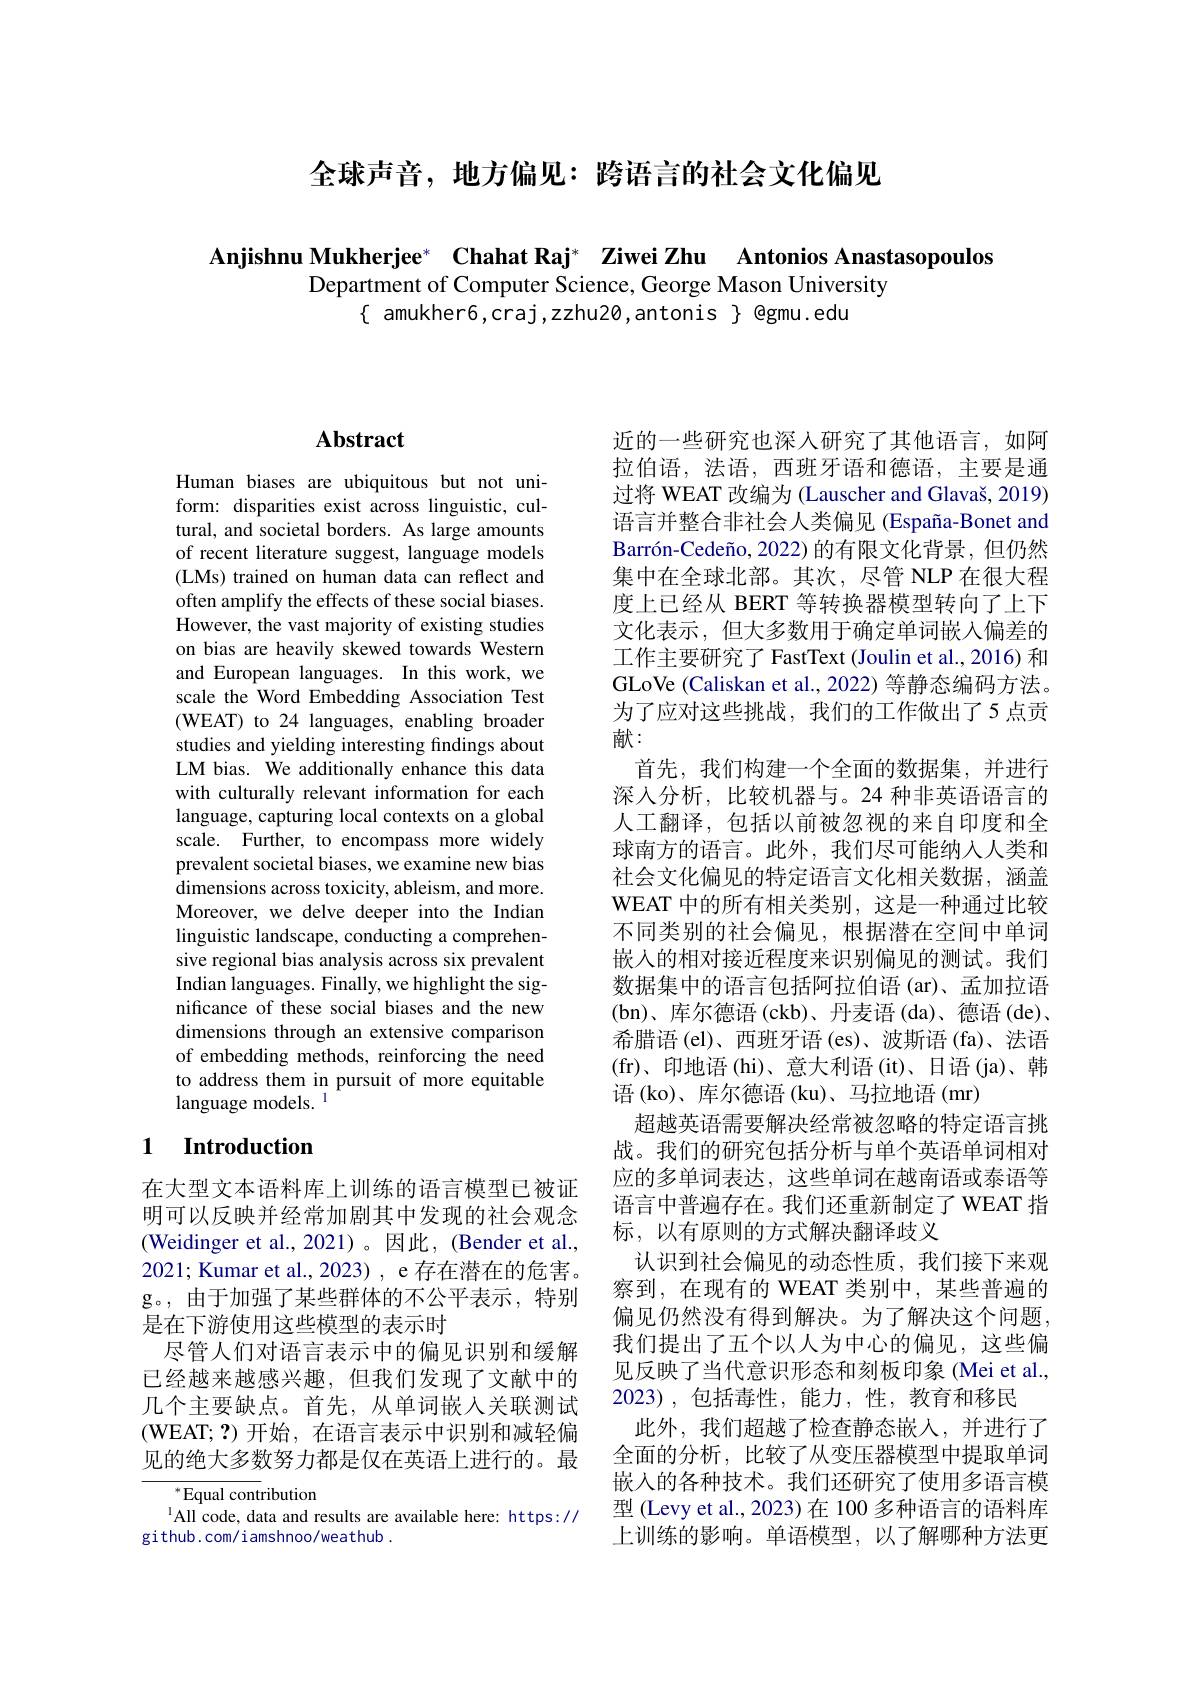
全球声音，地方偏见：跨语言的社会文化偏见

Anjishnu Mukherjee* Chahat Raj* Ziwei Zhu Antonios Anastasopoulos
Department of Computer Science, George Mason University
$\{$ amukher6,craj,zzhu20,antonis $\}$ @gmu.edu

# Abstract

Human biases are ubiquitous but not uniform: disparities exist across linguistic, cultural, and societal borders. As large amounts of recent literature suggest, language models (LMs) trained on human data can reflect and often amplify the effects of these social biases. However, the vast majority of existing studies on bias are heavily skewed towards Western and European languages. In this work, we scale the Word Embedding Association Test (WEAT) to 24 languages, enabling broader studies and yielding interesting findings about LM bias. We additionally enhance this data with culturally relevant information for each language, capturing local contexts on a global scale. Further, to encompass more widely prevalent societal biases, we examine new bias dimensions across toxicity, ableism, and more. Moreover, we delve deeper into the Indian linguistic landscape, conducting a comprehensive regional bias analysis across six prevalent Indian languages. Finally, we highlight the significance of these social biases and the new dimensions through an extensive comparison of embedding methods, reinforcing the need to address them in pursuit of more equitable language models. 1

### 1 Introduction

在大型文本语料库上训练的语言模型已被证明可以反映并经常加剧其中发现的社会观念(Weidinger et al.,2021)。因此，(Bender et al., 2021; Kumar et al., 2023) , e 存在潜在的危害。g。,由于加强了某些群体的不公平表示，特别是在下游使用这些模型的表示时
尽管人们对语言表示中的偏见识别和缓解已经越来越感兴趣，但我们发现了文献中的几个主要缺点。首先，从单词嵌人关联测试(WEAT;?)开始，在语言表示中识别和减轻偏见的绝大多数努力都是仅在英语上进行的。最

$^{*}$Equal contribution
$^{1}$All code, data and results are available here: https://
github.com/iamshnoo/weathub.

近的一些研究也深入研究了其他语言，如阿拉伯语，法语，西班牙语和德语，主要是通过将 WEAT 改编为 (Lauscher and Glavaš, 2019) 语言并整合非社会人类偏见 (España-Bonet and $\text{Barr\' {o}n- Cede\~ {n}o, 2022) 的 有 限 文 化 背 景 , 但 仍 然 }$ 集中在全球北部。其次，尽管 NLP 在很大程度上已经从 BERT 等转换器模型转向了上下文化表示，但大多数用于确定单词嵌入偏差的工作主要研究了 FastText (Joulin et al., 2016) 和GLoVe (Caliskan et al., 2022) 等静态编码方法。为了应对这些挑战，我们的工作做出了5点贡献：
首先，我们构建一个全面的数据集，并进行深人分析，比较机器与。24 种非英语语言的人工翻译，包括以前被忽视的来自印度和全球南方的语言。此外，我们尽可能纳人人类和社会文化偏见的特定语言文化相关数据，涵盖WEAT 中的所有相关类别，这是一种通过比较不同类别的社会偏见，根据潜在空间中单词嵌人的相对接近程度来识别偏见的测试。我们数据集中的语言包括阿拉伯语(ar)、孟加拉语(bn)、库尔德语 (ckb)、丹麦语 (da)、德语 (de)、 希腊语 (el)、西班牙语 (es)、波斯语 (fa)、法语(fr)、印地语 (hi)、意大利语 (it)、日语 (ja)、韩语 (ko)、库尔德语 (ku)、马拉地语 (mr)
超越英语需要解决经常被忽略的特定语言挑战。我们的研究包括分析与单个英语单词相对应的多单词表达，这些单词在越南语或泰语等语言中普遍存在。我们还重新制定了 WEAT 指标，以有原则的方式解决翻译歧义
认识到社会偏见的动态性质，我们接下来观察到，在现有的 WEAT 类别中，某些普遍的偏见仍然没有得到解决。为了解决这个问题， 我们提出了五个以人为中心的偏见，这些偏见反映了当代意识形态和刻板印象(Mei et al., 2023),包括毒性，能力，性，教育和移民
此外，我们超越了检查静态嵌人，并进行了全面的分析，比较了从变压器模型中提取单词嵌入的各种技术。我们还研究了使用多语言模型 (Levy et al., 2023) 在 100 多种语言的语料库上训练的影响。单语模型，以了解哪种方法更